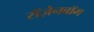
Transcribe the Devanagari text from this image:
रॉज़ेनबॉम